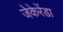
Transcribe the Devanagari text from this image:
जेकेरेंडा